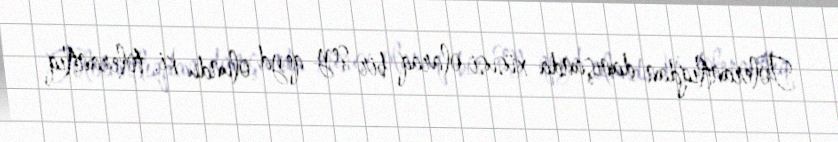
Tolerantlıqdan danışanda xüsusi olaraq bir şey qeyd olundu ki, tolerantlıq